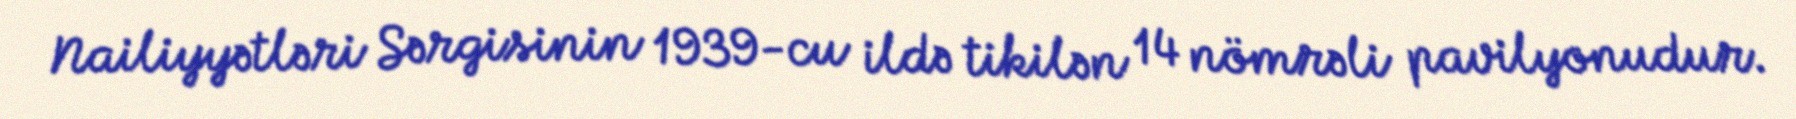
Nailiyyətləri Sərgisinin 1939-cu ildə tikilən 14 nömrəli pavilyonudur.